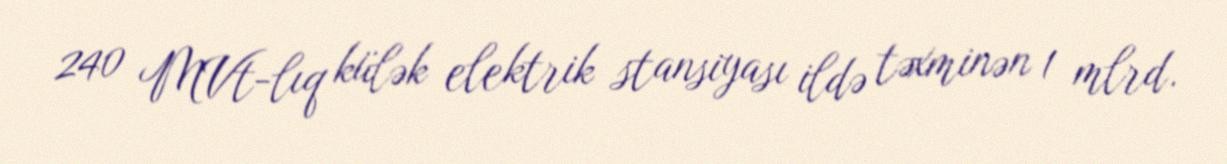
240 MVt-lıq külək elektrik stansiyası ildə təxminən 1 mlrd.